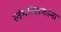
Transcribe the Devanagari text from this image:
स्तंभलेखकांना